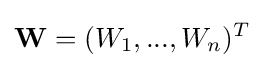
\mathbf {W} =(W_{1},...,W_{n})^{T}